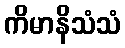
ကိမာနိသံသံ